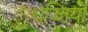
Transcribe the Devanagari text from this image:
धज्जियों